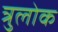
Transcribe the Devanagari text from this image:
त्रुलोक